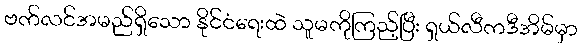
ဗက်လင်အမည်ရှိသော နိုင်ငံရေးထဲ သူမကိုကြည့်ပြီး ရှယ်လီကဒီအိမ်မှာ